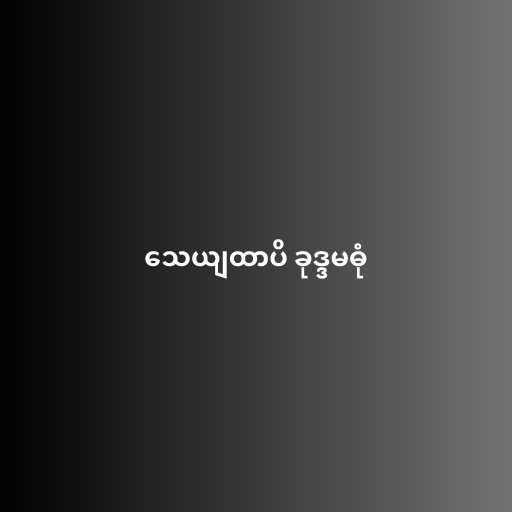
သေယျထာပိ ခုဒ္ဒမဓုံ